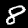
Digit: 8